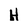
Character: H